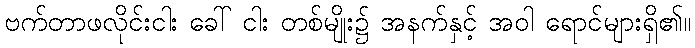
ဗက်တာဖလိုင်းငါး ခေါ် ငါး တစ်မျိုး၌ အနက်နှင့် အဝါ ရောင်များရှိ၏။